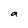
Character: a